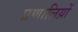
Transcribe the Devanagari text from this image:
प्रणालिय़ों